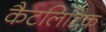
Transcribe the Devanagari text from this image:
कैटलिटिक